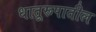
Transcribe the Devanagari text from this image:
धातूरूपातील